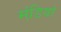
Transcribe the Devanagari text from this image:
मंडि़यां